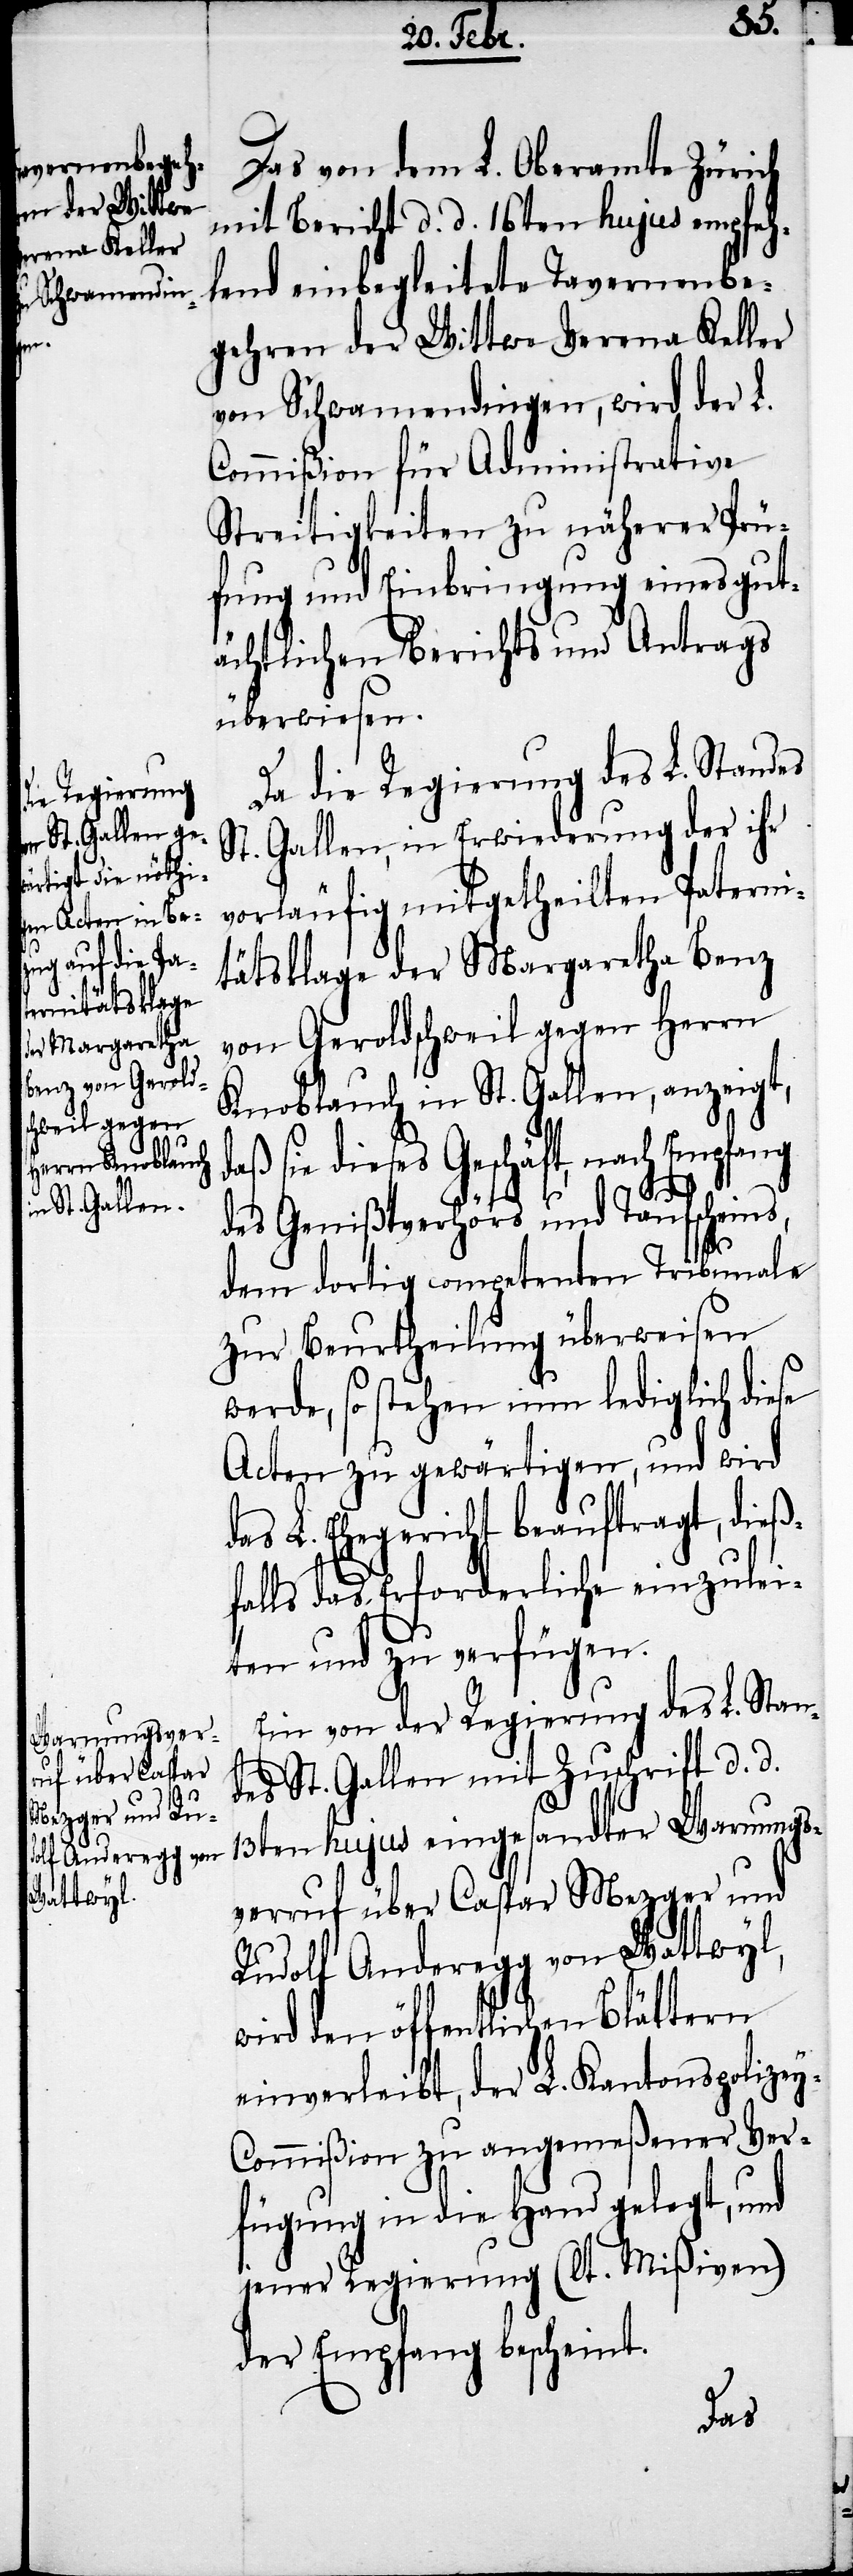
Das von dem L. Oberamte Zürich
mit Bericht d. d. 16ten hujus empfeh¬
lend einbegleitete Tavernenbe¬
gehren der Wittwe Verena Keller
von Schwamendingen, wird der L.
Commißion für Administrative
Streitigkeiten zu näherer Prü¬
fung und Einbringung eines gut¬
ächtlichen Berichts und Antrags
überwiesen.
Da die Regierung des L. Standes
St. Gallen, in Erwiederung der ihr
vorläufig mitgetheilten Paterni¬
täsklage der Margaretha Benz
von Geroldschweil gegen Herrn
Knoblauch in St. Gallen, anzeigt,
daß sie dieses Geschäft, nach Empfang
des Genißtverhörs und Taufscheins,
dem dortig competenten Tribunale
zur Beurtheilung überweisen
werde, so stehen nun lediglich diese
Acten zu gewärtigen, und wird
das L. Ehegericht beauftragt, dieß¬
falls das Erforderliche einzulei¬
ten und zu verfügen.
Ein von der Regierung des L. Stan¬
des St. Gallen mit Zuschrift d. d.
13ten hujus eingesandter Warnungs¬
verruf über Caspar Mezger und
Rudolf Anderegg von Wattwyl,
wird den öffentlichen Blättern
einverleibt, der L. Kantonspolizey-C¬
ommißion zu angemeßener Ver¬
fügung in die Hand gelegt, und
jener Regierung (lt. Mißiven)
der Empfang bescheint.